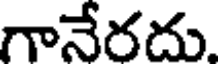
గానేరదు.